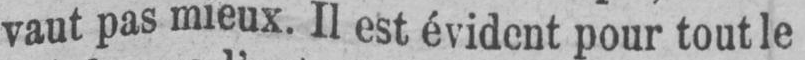
vaut pas mieux. Il est évident pour tout le